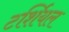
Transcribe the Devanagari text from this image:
टर्शियल